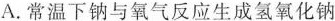
A.常温下钠与氧气反应生成氢氧化钠